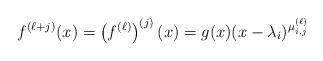
LaTeX: \begin{align*}f^{(\ell+j)}(x) = \left( f^{(\ell)} \right)^{(j)}(x) = g(x)(x-\lambda_i)^{ \mu^{(\ell)}_{i,j} } \end{align*}